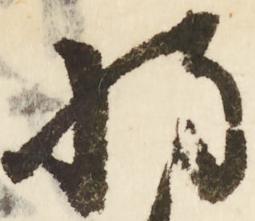
将